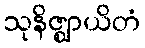
သုနိဇ္ဈာယိတံ